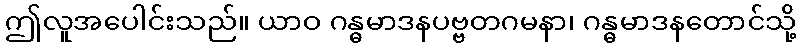
ဤလူအပေါင်းသည်။ ယာဝ ဂန္ဓမာဒနပဗ္ဗတဂမနာ၊ ဂန္ဓမာဒနတောင်သို့